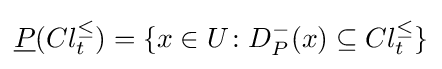
{\underline {P}}(Cl_{t}^{\leq })=\{x\in U\colon D_{P}^{-}(x)\subseteq Cl_{t}^{\leq }\}